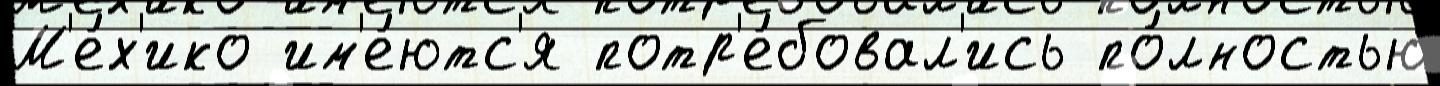
М'е́х'ико им'е́ютс'я потр'е́бовал'ись по́лностью